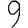
Digit: 9